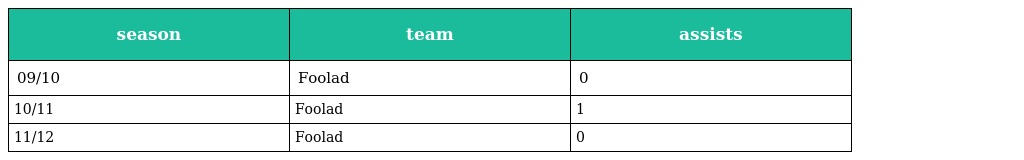
| season | team | assists |
 | --- | --- | --- |
 | 09/10 | Foolad | 0 |
 | 10/11 | Foolad | 1 |
 | 11/12 | Foolad | 0 |